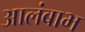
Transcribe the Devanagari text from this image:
आलंबाभ